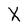
Character: X